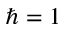
\hbar = 1